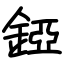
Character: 錏